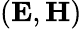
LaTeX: (\mathbf{E},\mathbf{H})